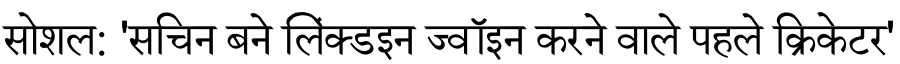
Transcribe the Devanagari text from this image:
सोशल: 'सचिन बने लिंक्डइन ज्वॉइन करने वाले पहले क्रिकेटर'